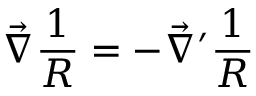
\vec { \nabla } \frac { 1 } { R } = - \vec { \nabla } ^ { \prime } \frac { 1 } { R }